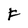
Character: F